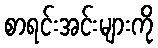
စာရင်းအင်းများကို